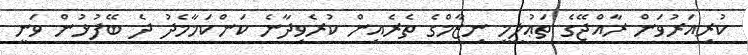
ކުރިއަރުވަން ރާއްޖޭގެ ތަޢުލީމީ ނިޒާމްގެ ތެރެއިން ކުރެވިދާނެ ކަންކަމާމެދު ދެ ބޭފުޅުން ވަނީ